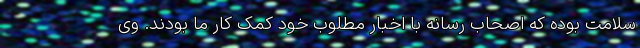
سلامت بوده که اصحاب رسانه با اخبار مطلوب خود کمک کار ما بودند. وی